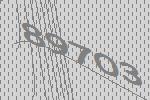
89703